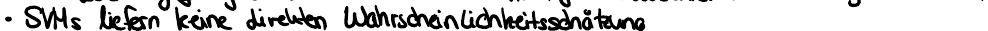
SVMs liefern keine direkten Wahrscheinlichkeitsschätzung